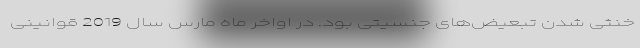
خنثی شدن تبعیض‌های جنسیتی بود. در اواخر ماه مارس سال 2019 قوانینی